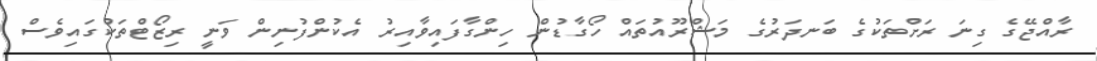
ރާއްޖޭގެ ގިނަ ރަށްތަކުގެ ބަނދަރުގެ މަޝްރޫއުތައް ހޯގާޑުން ހިންގާފައިވާއިރު އެކުންފުނިން ވަނީ ރިޒޯޓްތަކުގައިވެސް